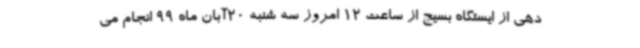
دهی از ایستگاه بسیج از ساعت 12 امروز سه شنبه 20آبان ماه 99 انجام می